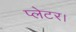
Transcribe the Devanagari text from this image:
प्लेटर।